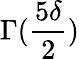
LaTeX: \Gamma(\frac{5\delta}2)